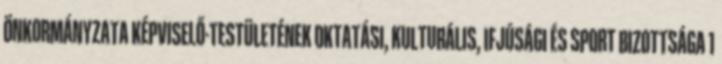
ÖNKORMÁNYZATA KÉPVISELŐ-TESTÜLETÉNEK OKTATÁSI, KULTURÁLIS, IFJÚSÁGI ÉS SPORT BIZOTTSÁGA 1